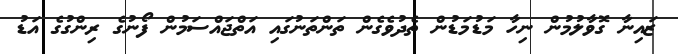
ޒައިނާ ގޮވާލުމުން ނިހާ މަޑުމަޑުން ތެދުވެގެން ތަންތަނުގައި އަތްޖައްސަމުން ފޯނުގެ ރިންގުގެ އަޑު